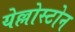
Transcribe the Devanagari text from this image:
येल्लोस्टोन